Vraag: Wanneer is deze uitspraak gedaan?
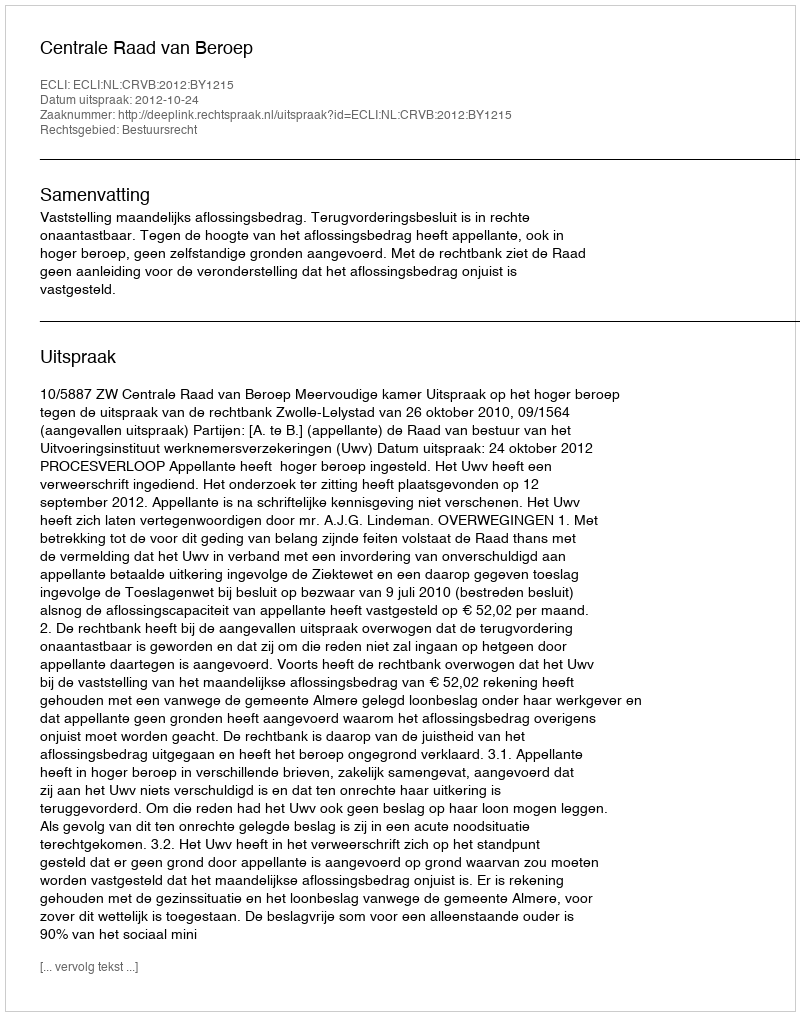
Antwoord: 2012-10-24